Source: Handwritten
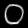
Digit: ၀ (0)